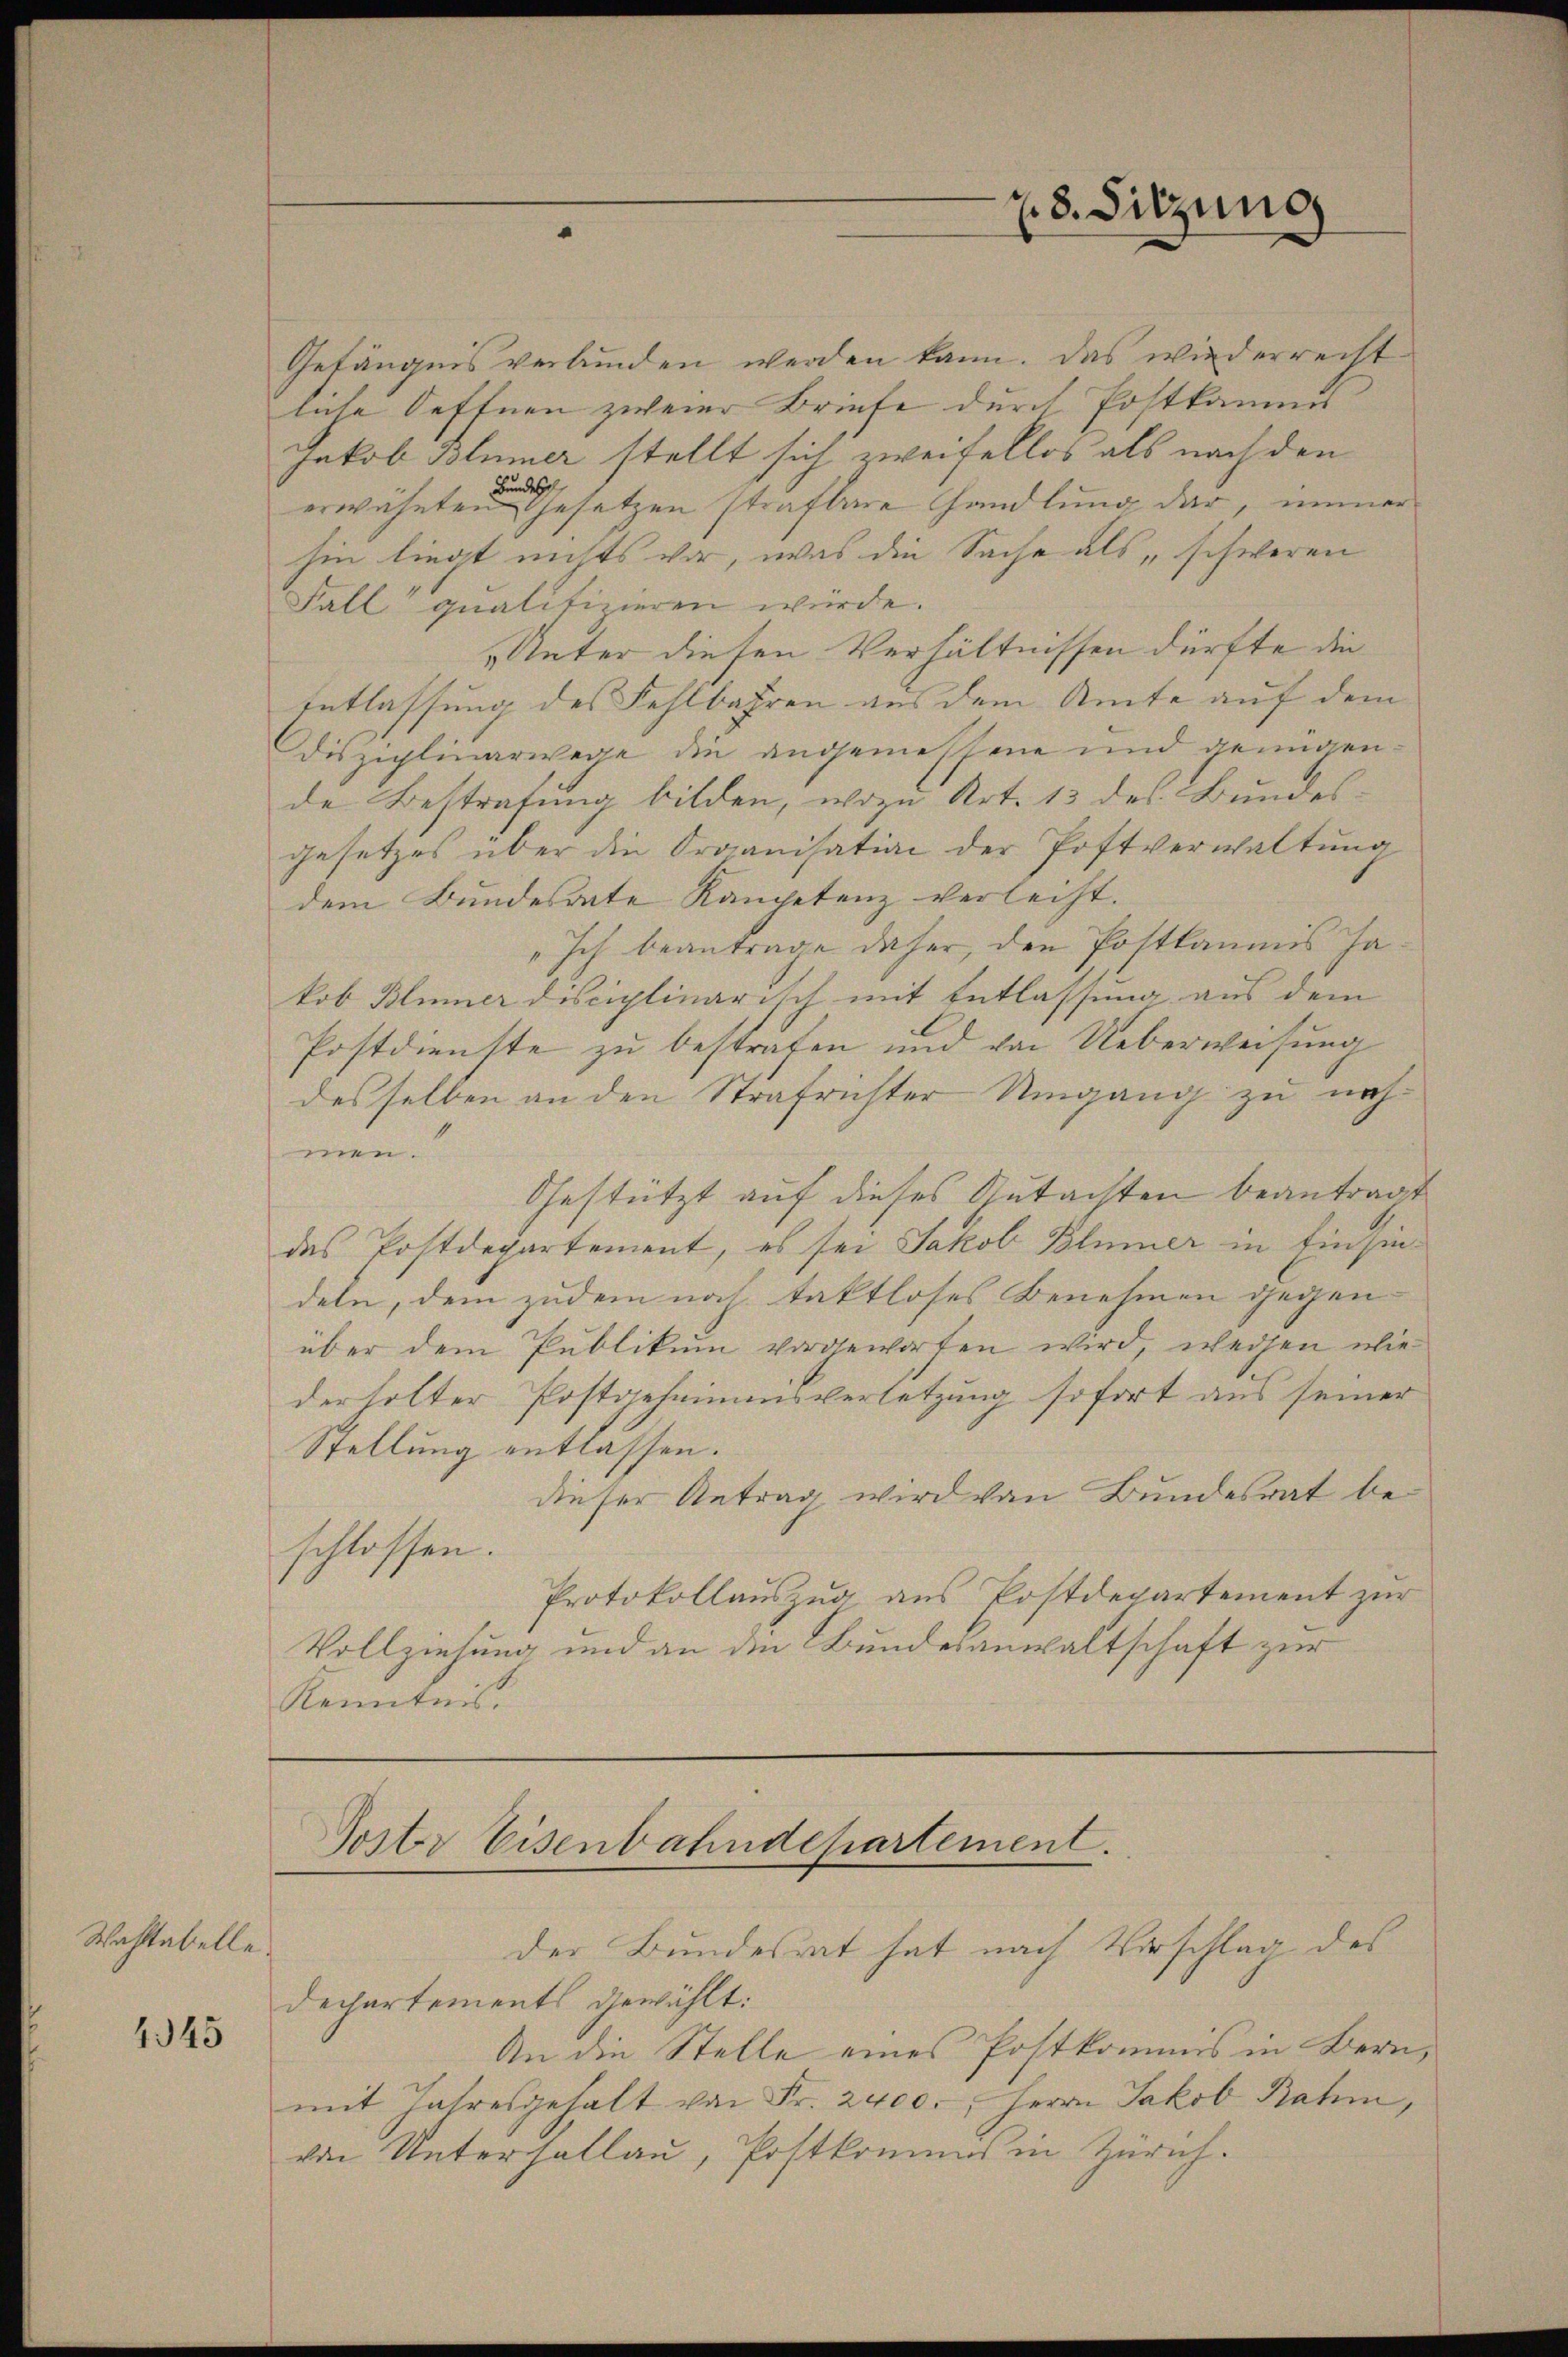
Wahltabelle

4345

Gefängnis verbunden werden kann. Das wiederrecht
liche Seftnen zweier Briefe durch Postkammes- |
Jakob Blümer stellt sich zweifellos als nach den
erwähnten Gesetzen strafbare Handlung dar, immer
hin liegt nichts vor, was die Sache als „schweren
Fall qualifizieren würde.
„Unter diesen Verhältnissen dürfte die
Entlassung des Fehlbahren aus dem Amte auf dem
Disziplinarwege die angemessene und genügende Bestrafung bilden, wozu Art. 13 des Bundesgesetzes über die Organisation der Postverwaltŭng
dem Bundesrate Kompetenz verleiht.
„Ich beantrage daher, den Postkaumis Ja
kob Blümer disciplinarisch mit Entlassung aus dem
Postdienste zu bestrafen und von Ueberweisung
desselben an den Strafrichter Umgang zu nahmen.
Gestützt auf dieses Gutachten beantragt
des Postdepartement, es sei Jakob Blümer in Einsindeln, dem zudem noch taktloses Benehmen gegen
über dem Publikum vorgeworfen wird, weihen wie
derholter Postgeheimensverletzung sofort aus seiner
Stellung entlassen.
dieser Antrag wird von Bundesrat beschlossen.
Protokollauszug aus Postdepartement zur
Vollziehung und an die Bundesanwaltschaft zur
Kenntnis.

z. 3. Sitzung

Sostr Eisenbahndepartement.
der Bundesrat hat nach Vorschlag des

Dechartements gewählt:
An die Stelle eines Postkommis in Bern,
mit Jahresgehalt von Fr. 2400. Herrn Jakob Rahm,
von Unterhallau, Postkommnis in Zürich.